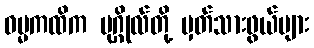
ဓမ္မကထိက ပုဂ္ဂိုလ်တို့ မှတ်သားဖွယ်များ